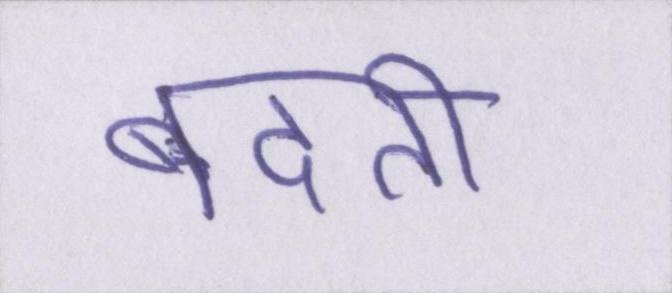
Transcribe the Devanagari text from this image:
बदती